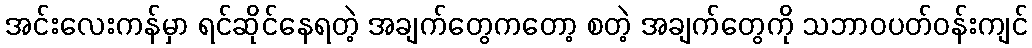
အင်းလေးကန်မှာ ရင်ဆိုင်နေရတဲ့ အချက်တွေကတော့ စတဲ့ အချက်တွေကို သဘာဝပတ်ဝန်းကျင်